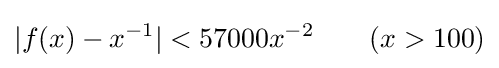
|f(x)-x^{-1}|<57000x^{-2}\qquad (x>100)